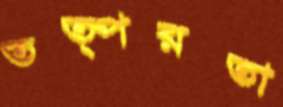
তত্পরতা